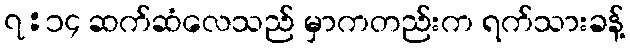
၇:၁၄ ဆက်ဆံလေသည် မှာကတည်းက ရက်သားခန့်